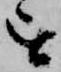
を